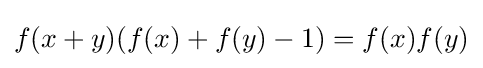
f(x+y)(f(x)+f(y)-1)=f(x)f(y)